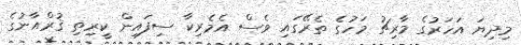
މިދިޔަ އަހަރުގެ މާރިޗު މަހުގެ ތެރޭގައި ވެސް އެމެރިކާ ސިފައިން ކީރިތި ޤުރްއާނުގެ